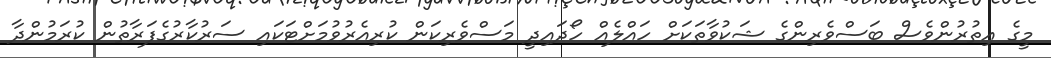
މީގެ އިތުރުންވެސް ބަސްވެރިންގެ ޝަކުވާތަކަށް ހައްލެއް ހޯދައިދީ މަސްވެރިކަން ކުރިއެރުވުމަށްޓަކައި ސަރުކާރުގެފަރާތުން ކުރަމުންދާ